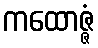
ကထောဇ္ဇံ